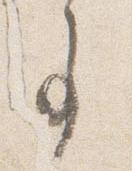
事